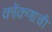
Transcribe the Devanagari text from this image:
कोंकणाची